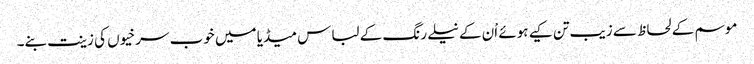
موسم کے لحاظ سے زیب تن کیے ہوئے اْن کے نیلے رنگ کے لباس میڈیا میں خوب سرخیوں کی زینت بنے۔